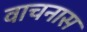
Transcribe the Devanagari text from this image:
वाचनास